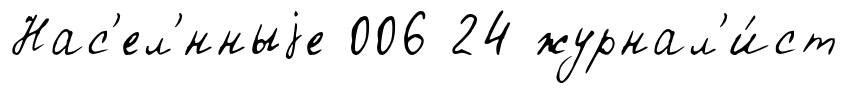
Нас'ел'́нныjе 006 24 журнал'и́ст